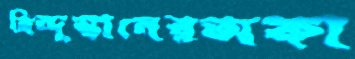
হিন্দুস্তানেরঅকা